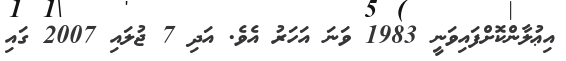
އިޢުލާންކޮށްފައިވަނީ 1983 ވަނަ އަހަރު އެވެ. އަދި 7 ޖުލައި 2007 ގައި